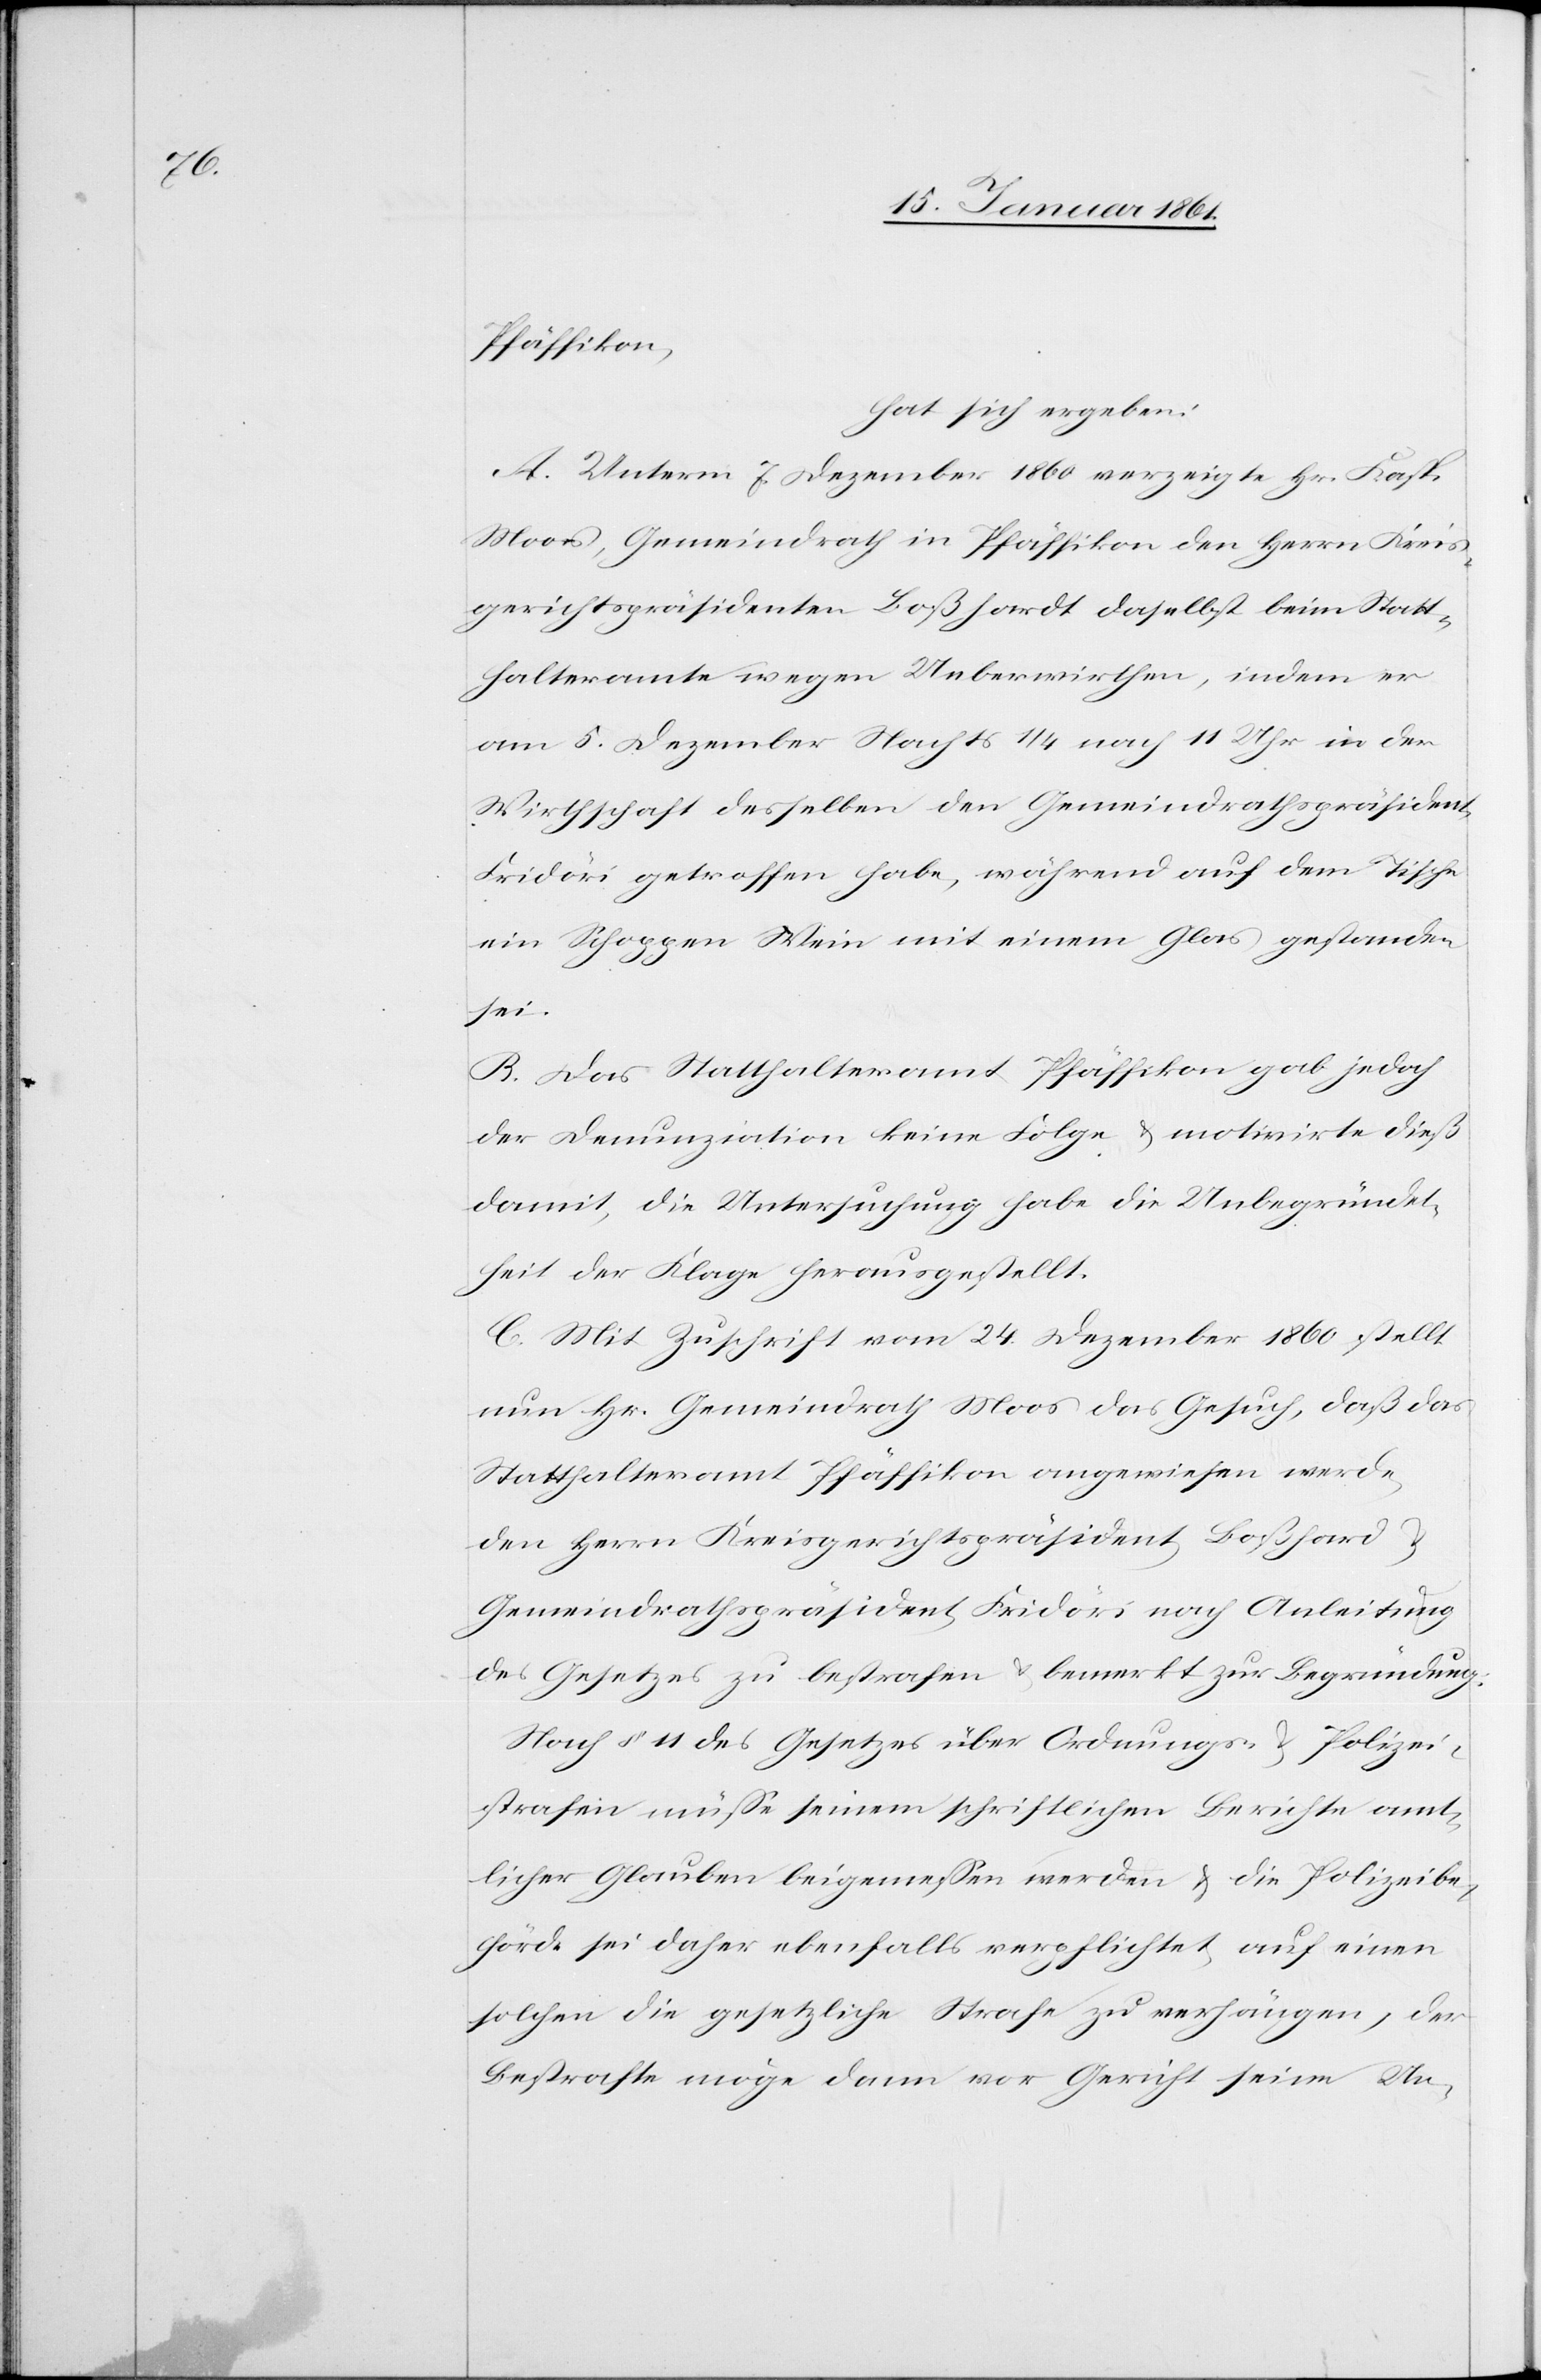
Pfäffikon,
hat sich ergeben:
A. Unterm 7. Dezember 1860 verzeigte Hr. Kaspar
Moos, Gemeindrath in Pfäffikon den Herrn Kreis¬
gerichtspräsidenten Boßhardt daselbst beim Statt¬
halteramte wegen Ueberwirthen, indem er
am 5. Dezember Nachts 1/4 nach 11 Uhr in der
Wirthschaft desselben den Gemeindrathspräsident
Fridöri getroffen habe, während auf dem Tische
ein Schoppen Wein mit einem Glas gestanden
sei.
B. Das Statthalteramt Pfäffikon gab jedoch
der Denunziation keine Folge u. motivirte dieß
damit, die Untersuchung habe die Unbegründet¬
heit der Klage herausgestellt.
C. Mit Zuschrift vom 24. Dezember 1860 stellt
nun Hr. Gemeindrath Moos das Gesuch, daß das
Statthalteramt Pfäffikon angewiesen werde,
den Herrn Kreisgerichtspräsident Boßhard
Gemeindrathspräsident Fridöri nach Anleitung
des Gesetzes zu bestrafen u. bemerkt zur Begründung:
Nach §. 11 des Gesetzes über Ordnungs- u. Polizei¬
strafen müsse seinem schriftlichen Berichte amt¬
licher Glauben beigemessen werden u. die Polizeibe¬
hörde sei daher ebenfalls verpflichtet, auf einen
solchen die gesetzliche Strafe zu verhängen, der
Bestrafte möge dann vor Gericht seine Un-